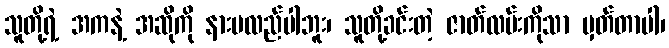
သူတို့ရဲ့ အကနဲ့ အဆိုကို နားမလည်ပါဘူး၊ သူတို့ခင်းတဲ့ ဇာတ်လမ်းကိုသာ မှတ်တာပါ၊